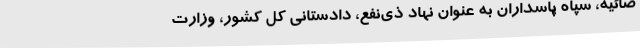
ضائیه، سپاه پاسداران به عنوان نهاد ذی‌نفع، دادستانی کل کشور، وزارت